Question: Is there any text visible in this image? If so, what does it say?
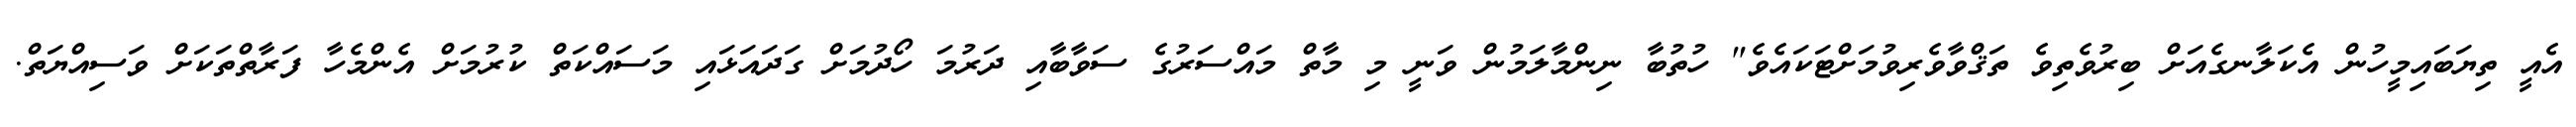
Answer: އެއީ ތިޔަބައިމީހުން އެކަލާނގެއަށް ބިރުވެތިވެ ތަޤްވާވެރިވުމަށްޓަކައެވެ" ހުތުބާ ނިންމާލަމުން ވަނީ މި މާތް މައްސަރުގެ ސަވާބާއި ދަރުމަ ހޯދުމަށް ގަދައަޅައި މަސައްކަތް ކުރުމަށް އެންމެހާ ފަރާތްތަކަށް ވަސިއްޔަތް.